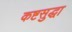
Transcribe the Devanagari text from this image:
कष्टसुद्धा